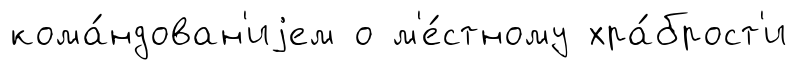
кома́ндован'иjем о м'е́стному хра́брост'и